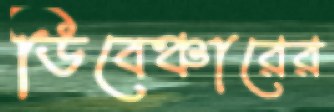
ডিবেঞ্চারের